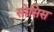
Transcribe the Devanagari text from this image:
सोसिस